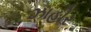
ઝાહીર